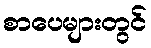
စာပေများတွင်